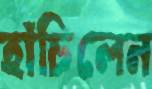
হাঁচিলেন